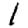
Digit: 1